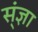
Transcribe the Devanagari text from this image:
स्ंज्ञा